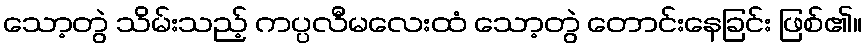
သော့တွဲ သိမ်းသည့် ကပ္ပလီမလေးထံ သော့တွဲ တောင်းနေခြင်း ဖြစ်၏။